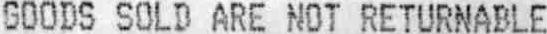
GOODS SOLD ARE NOT RETURNABLE